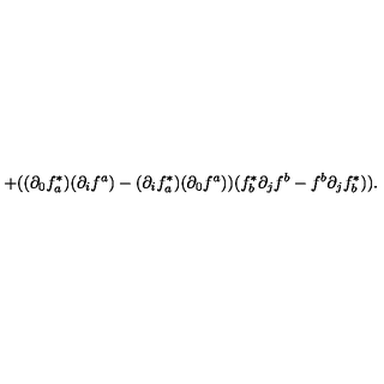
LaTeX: + ( ( \partial _ { 0 } f _ { a } ^ { * } ) ( \partial _ { i } f ^ { a } ) - ( \partial _ { i } f _ { a } ^ { * } ) ( \partial _ { 0 } f ^ { a } ) ) ( f _ { b } ^ { * } \partial _ { j } f ^ { b } - f ^ { b } \partial _ { j } f _ { b } ^ { * } ) ) .